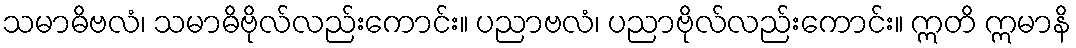
သမာဓိဗလံ၊ သမာဓိဗိုလ်လည်းကောင်း။ ပညာဗလံ၊ ပညာဗိုလ်လည်းကောင်း။ ဣတိ ဣမာနိ